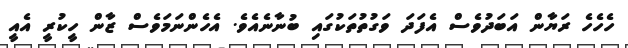
ހެހެހެ ރަޔާން އަބަދުވެސް އެފަދަ ވަގުތުތަކުގައި ބުނާނެއެވެ. އެހެންނަމަވެސް ޒާން ހީކުރީ އެއީ